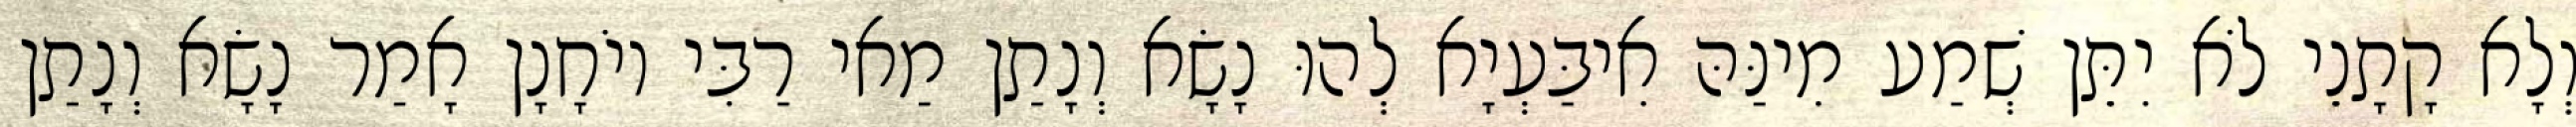
וְלָא קָתָנֵי לֹא יִתֵּן שְׁמַע מִינַּהּ אִיבַּעְיָא לְהוּ נָשָׂא וְנָתַן מַאי רַבִּי יוֹחָנָן אָמַר נָשָׂא וְנָתַן